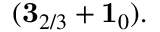
( { \bf 3 } _ { 2 / 3 } + { \bf 1 } _ { 0 } ) .